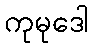
ကုမုဒေါ